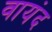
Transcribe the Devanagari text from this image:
वायंद